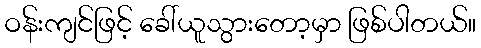
ဝန်းကျင်ဖြင့် ခေါ်ယူသွားတော့မှာ ဖြစ်ပါတယ်။